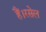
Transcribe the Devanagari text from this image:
हैं।रसेल